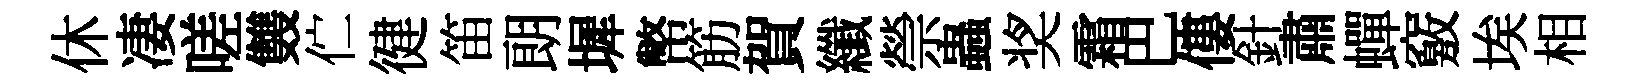
休凄嗟䨇伫徤笛朗墀幣筋賀纖禜蟲奖霜巴僂針肅蟬竅埃相